Document type: Sale
Year: 1209
Scribe: Arnau de Torre
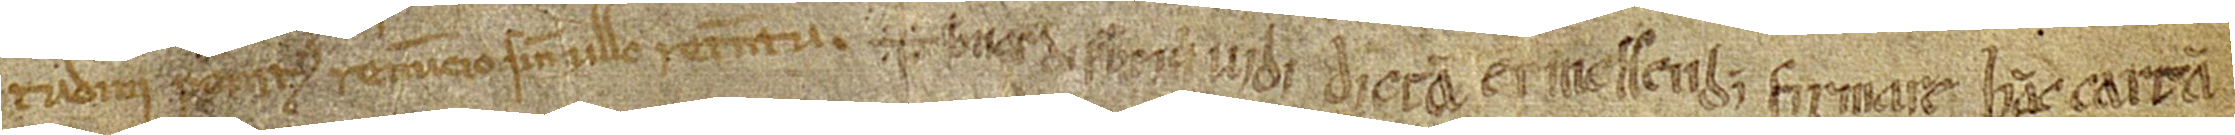
tudini penitus renuncio sine ullo retentu. + Bernardi presbiteri vidi dictam Ermessendis firmare hanc cartam.